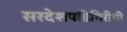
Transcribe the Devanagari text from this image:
सरदेशपांडेगिरीची